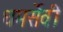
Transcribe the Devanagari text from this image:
धमर्सेवी